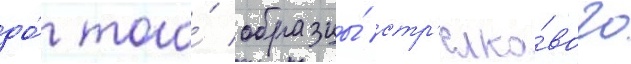
до́ того́ образцы́ стр'елко́вого